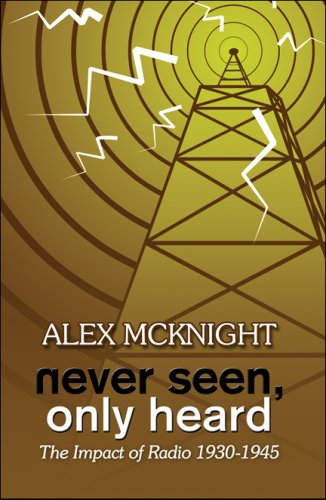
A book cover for Never Seen, Only Heard: The Impact of Radio 1930-1945; Alex McKnight; Crafts, Hobbies & Home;